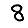
Digit: 8